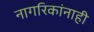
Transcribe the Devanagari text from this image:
नागरिकांनाही